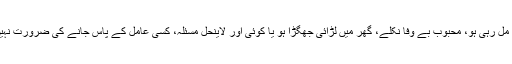
پسند کی شادی کا مسئلہ ہو، نوکری نہ مل رہی ہو، محبوب بے وفا نکلے، گھر میں لڑائی جھگڑا ہو یا کوئی اور لاینحل مسئلہ، کسی عامل کے پاس جانے کی ضرورت نہیں وہ آپ کے ایمان کو خراب کرے گا۔